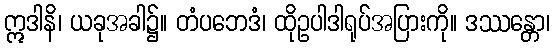
ဣဒါနိ၊ ယခုအခါ၌။ တံပဘေဒံ၊ ထိုဥပါဒါရုပ်အပြားကို။ ဒဿန္တော၊